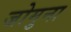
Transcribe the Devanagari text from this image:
जोमुना